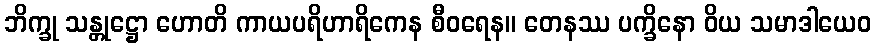
ဘိက္ခု သန္တုဋ္ဌော ဟောတိ ကာယပရိဟာရိကေန စီဝရေန။ တေနဿ ပက္ခိနော ဝိယ သမာဒါယေဝ